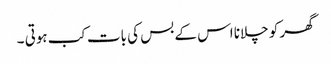
گھر کو چلانا اس کے بس کی بات کب ہوتی ۔